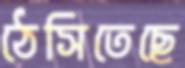
ঠেসিতেছে